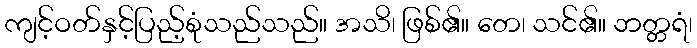
ကျင့်ဝတ်နှင့်ပြည့်စုံသည်သည်။ အသိ၊ ဖြစ်၏။ တေ၊ သင်၏။ ဘတ္တရံ၊